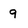
Character: 9